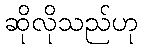
ဆိုလိုသည်ဟု